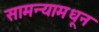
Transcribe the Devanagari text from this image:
सामन्यामधून